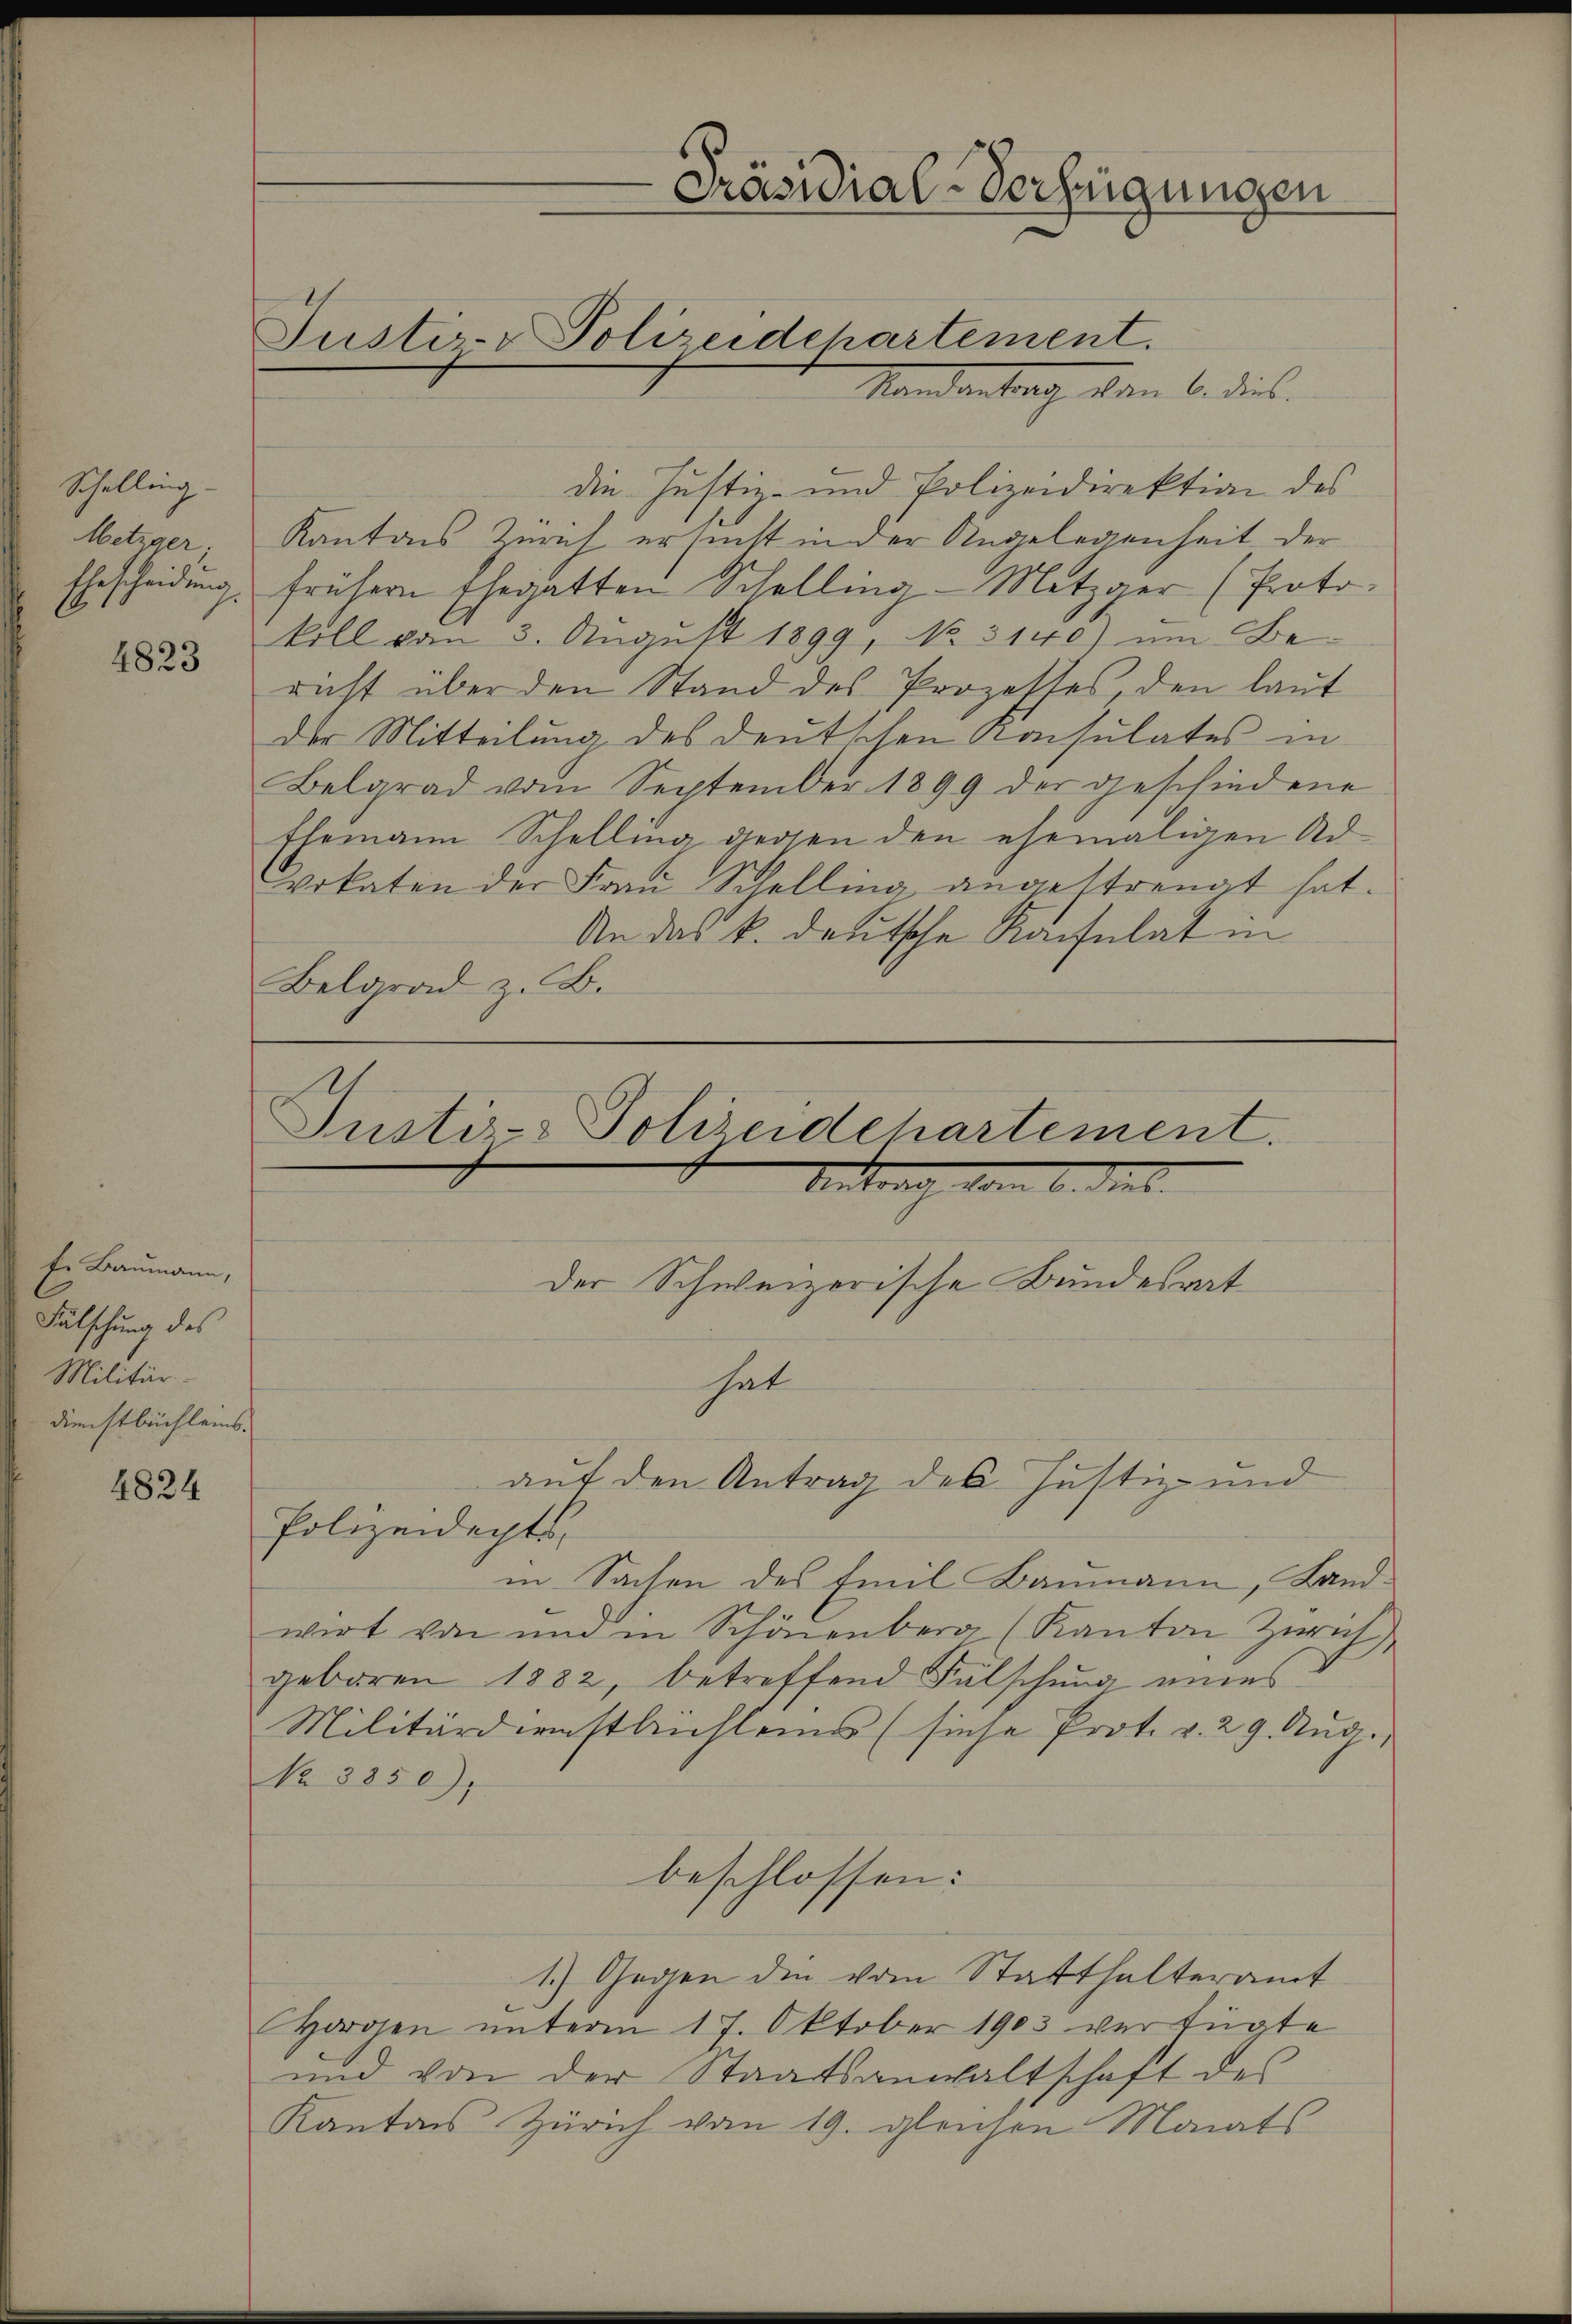
Schelling-
Metzger,
Ehescheidung.

4823

fr Baumann,
Fälschung des
Militär
Dienstbüchleins.
4824

Justiz-- Polizeidchartement.

Mandantrag den 6. dies
die Justiz- und Polizeidirektion des
Kantons Zürich ersucht in der Angelegenheit der
frühern Ehegatten Schelling-Metzger (Protokoll vom 3. August 1899, No. 3140) um Bericht über den Stand des Prozesses, den laut
der Mitteilung des deutschen Konsulates in
Belgrad vom September 1899 der geschiedene
Ehemann Schelling gegen den ehemaligen Advokaten der Frau Schelling angestrengt hat.
An das k. deutsche Konsulat in
Belgrad z. B.
Justiz-Polizeidehartement.

Präsidial-Verfügungen

der Schweizerische Bundesrat

hat

Polizeidechts-
in Sachen des Emil Baumann, Land-
wirt von und in Schönenberg (Kanton Zürich)
geboren 1882, betreffend Fälschung eines
Militärdienstlichtens (siehe Prot. v. 29. Aŭg.,
No 3850).
beschlossen:
1.) Gegen die vom Statthalteramt
Horgen unterm 17. Oktober 1903 verfügte
und von der Staatsanwaltschaft des
Kantons Zürich vom 19. gleichen Monats

auf den Antrag des Justiz- und

Antrag vom 6. Diel.